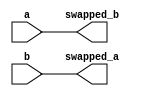
module swap_without_temporary(
  input wire a, b,
  output wire swapped_a, swapped_b
);
  assign swapped_a = b;
  assign swapped_b = a;

endmodule